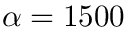
\alpha = 1 5 0 0